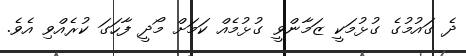
ދެ ގައުމުގެ ގުޅުމަކީ ޒަމާންވީ ގުޅުމެއް ކަމަށް މޯދީ ފާހަގަ ކުރެއްވި އެވެ.